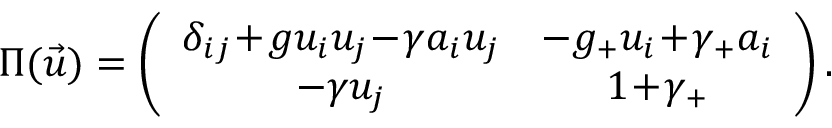
\Pi ( \vec { u } ) = \left( \begin{array} { c c } { { \delta _ { i j } \! + \! g u _ { i } u _ { j } \! - \! \gamma a _ { i } u _ { j } } } & { { - g _ { + } u _ { i } \! + \! \gamma _ { + } a _ { i } } } \\ { { - \gamma u _ { j } } } & { { 1 \! + \! \gamma _ { + } } } \end{array} \right) .